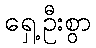
ရှေ့ဦးစွာ